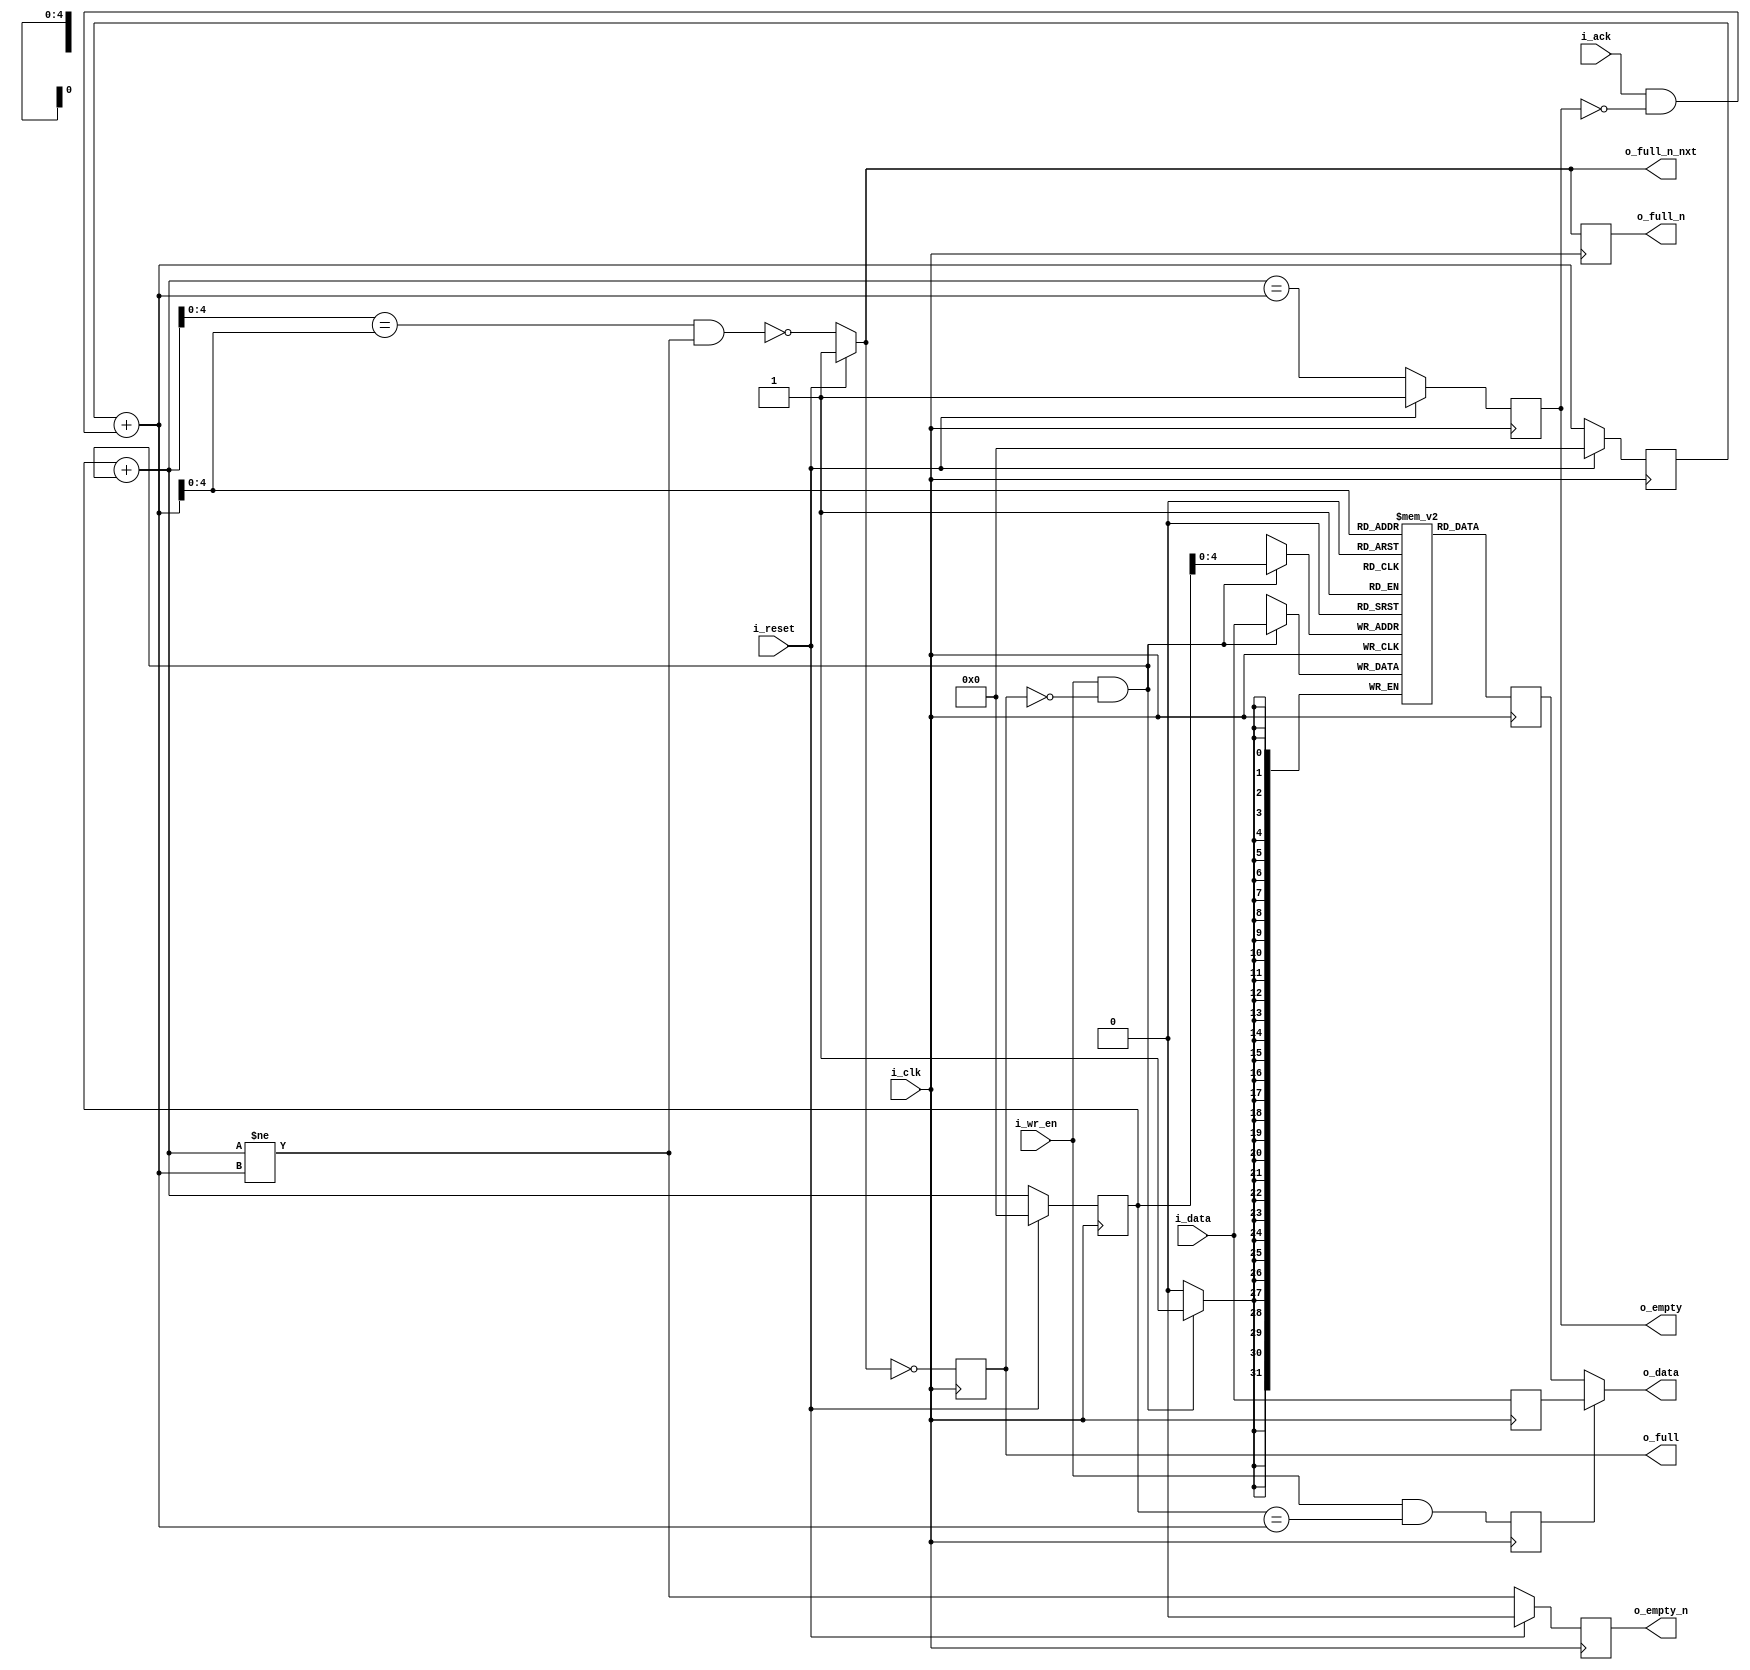
module zap_sync_fifo #(parameter WIDTH = 32, parameter DEPTH = 32, parameter FWFT = 1)
(
        input   wire             i_clk,
        input   wire             i_reset,

        input   wire             i_ack,
        input   wire             i_wr_en,

        input   wire [WIDTH-1:0] i_data,
        output  reg [WIDTH-1:0]  o_data,

        output wire              o_empty,
        output wire              o_full,
        output wire              o_empty_n,
        output wire              o_full_n,
        output wire              o_full_n_nxt
);

// Xilinx ISE does not allow $CLOG2 in localparams.
parameter PTR_WDT = $clog2(DEPTH) + 32'd1;
parameter [PTR_WDT-1:0] DEFAULT = {PTR_WDT{1'd0}}; 

//
// Initialize pointers, empty and full as a part of the FPGA reset.
// All init to *ZERO*.
//
reg [PTR_WDT-1:0] rptr_ff;
reg [PTR_WDT-1:0] rptr_nxt;
reg [PTR_WDT-1:0] wptr_ff;
reg empty, nempty;
reg full, nfull;
reg [PTR_WDT-1:0] wptr_nxt;
reg [WIDTH-1:0] mem [DEPTH-1:0]; // Block RAM.
wire [WIDTH-1:0] dt;
reg [WIDTH-1:0] dt1;

reg sel_ff;
reg [WIDTH-1:0] bram_ff; // Block RAM read register.
reg [WIDTH-1:0] dt_ff;

assign o_empty = empty;
assign o_full  = full;
assign o_empty_n = nempty;
assign o_full_n = nfull;

assign o_full_n_nxt = i_reset ? 1 :
                      !( ( wptr_nxt[PTR_WDT-2:0] == rptr_nxt[PTR_WDT-2:0] ) &&
                       ( wptr_nxt != rptr_nxt ) );


// FIFO write logic.
always @ (posedge i_clk)
        if ( i_wr_en && !o_full )
                mem[wptr_ff[PTR_WDT-2:0]] <= i_data;

generate
begin:gb1
        if ( FWFT == 1 )
        begin:f1
                // Retimed output data compared to normal FIFO.
                always @ (posedge i_clk) 
                begin
                         dt_ff <= i_data;
                        sel_ff <= ( i_wr_en && (wptr_ff == rptr_nxt) );
                       bram_ff <= mem[rptr_nxt[PTR_WDT-2:0]];
                end
        
                // Output signal steering MUX.
                always @*
                begin
                        o_data = sel_ff ? dt_ff : bram_ff;
                end
        end
        else
        begin:f0
                always @ (posedge i_clk)
                begin
                        if ( i_ack && nempty ) // Read request and not empty.
                        begin
                                o_data <= mem [ rptr_ff[PTR_WDT-2:0] ];
                        end
                end
        end
end
endgenerate

// Flip-flop update.
always @ (posedge i_clk)
begin
        dt1     <= i_reset ? 0 : i_data;
        rptr_ff <= i_reset ? 0 : rptr_nxt;
        wptr_ff <= i_reset ? 0 : wptr_nxt;
        empty   <= i_reset ? 1 : ( wptr_nxt == rptr_nxt );
        nempty  <= i_reset ? 0 : ( wptr_nxt != rptr_nxt );
        nfull   <= o_full_n_nxt;
        full    <= !o_full_n_nxt;
end

// Pointer updates.
always @*
begin
        wptr_nxt = wptr_ff + (i_wr_en && !o_full);
        rptr_nxt = rptr_ff + (i_ack && !o_empty);
end

endmodule